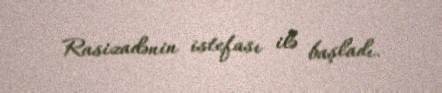
Rasizadənin istefası ilə başladı.